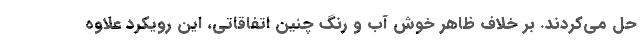
حل می‌کردند. بر خلاف ظاهر خوش آب و رنگ چنین اتفاقاتی، این رویکرد علاوه